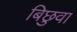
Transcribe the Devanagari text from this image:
बिछुवा